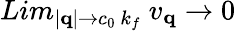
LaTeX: Lim_{|{\mathbf{q}}|\rightarrow c_{0}\mathrm{~}k_{f}}\mathrm{~}v_{{\mathbf{q}}}\rightarrow 0